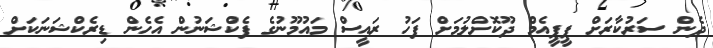
ދެން ސަރުކާރަށް ޕީޕީއެމް ދޫކޮށްލުމަށް ފަހު ރައީސް މައުމޫނުގެ ފެކްޝަނުން އެހެން ޑިރެކްޝަނަކަށް